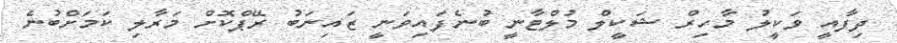
ދިފާއީ ވަކީލު މާހިރް ޝަކީލް މުލްޓާނީ ބުނެފައިވަނީ ޒައިނަބު ރޭޕްކޮށް މަރާލި ކަމަށްބުނެ